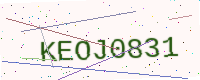
Text: KEOJ0831